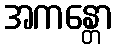
အကန္တော